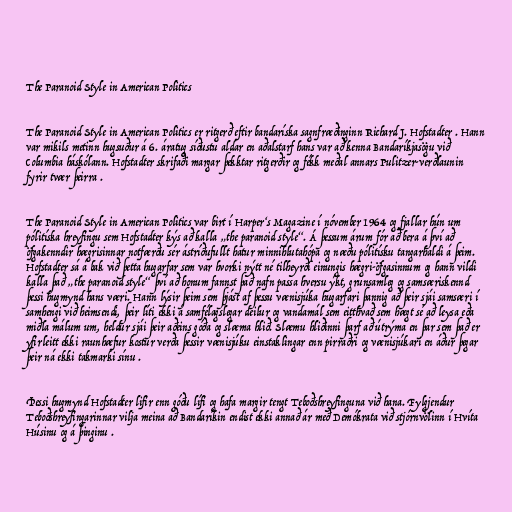
The Paranoid Style in American Politics

The Paranoid Style in American Politics er ritgerð eftir bandaríska sagnfræðinginn Richard J. Hofstadter . Hann
var mikils metinn hugsuður á 6. áratug síðustu aldar en aðalstarf hans var að kenna Bandaríkjasögu við
Columbia háskólann. Hofstadter skrifaði margar þekktar ritgerðir og fékk meðal annars Pulitzer-verðlaunin
fyrir tvær þeirra .

The Paranoid Style in American Politics var birt í Harper‘s Magazine í nóvember 1964 og fjallar hún um
pólitíska hreyfingu sem Hofstadter kýs að kalla „the paranoid style“. Á þessum árum fór að bera á því að
öfgakenndir hægrisinnar notfærðu sér ástríðufullt hatur minnihlutahópa og næðu pólitísku tangarhaldi á þeim.
Hofstadter sá á bak við þetta hugarfar sem var hvorki nýtt né tilheyrði einungis hægri-öfgasinnum og hann vildi
kalla það „the paranoid style“ því að honum fannst það nafn passa hversu ýkt, grunsamleg og samsæriskennd
þessi hugmynd hans væri. Hann lýsir þeim sem þjást af þessu vænisjúka hugarfari þannig að þeir sjái samsæri í
samhengi við heimsendi, þeir líti ekki á samfélagslegar deilur og vandamál sem eitthvað sem hægt sé að leysa eða
miðla málum um, heldur sjái þeir aðeins góða og slæma hlið. Slæmu hliðinni þarf að útrýma en þar sem það er
yfirleitt ekki raunhæfur kostur verða þessir vænisjúku einstaklingar enn pirraðri og vænisjúkari en áður þegar
þeir ná ekki takmarki sínu .

Þessi hugmynd Hofstadter lifir enn góðu lífi og hafa margir tengt Teboðshreyfinguna við hana. Fylgjendur
Teboðshreyfingarinnar vilja meina að Bandaríkin endist ekki annað ár með Demókrata við stjórnvölinn í Hvíta
Húsinu og á þinginu .